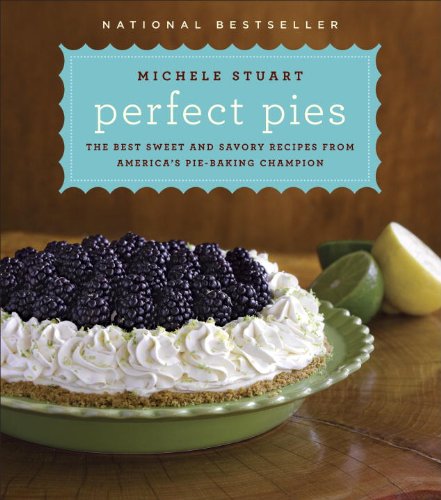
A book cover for Perfect Pies: The Best Sweet and Savory Recipes from America's Pie-Baking Champion; Michele Stuart; Cookbooks, Food & Wine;